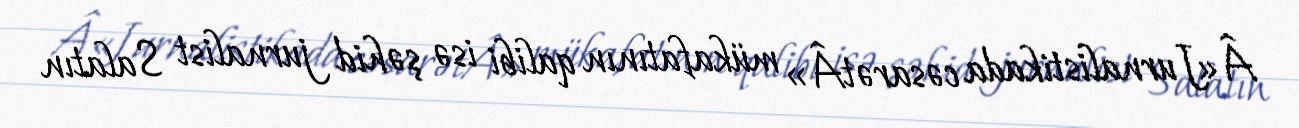
Â«Jurnalistikada cəsarətÂ» mükafatının qalibi isə şəhid jurnalist Salatın